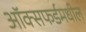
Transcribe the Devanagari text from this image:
ऑक्सफर्डमधील